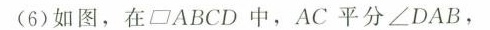
(6)如图,在口ABCD 中,AC 平分∠DAB,